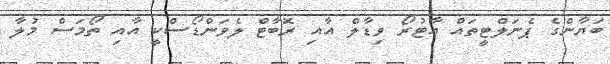
ބަޔާންގެ ޕެނަލްޓީތައް އާޓުރޯ ވިޑާލް އާއި ރޮބާޓް ލެވަންޑޯސްކީ އާއި ތޯމަސް މުލާ